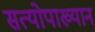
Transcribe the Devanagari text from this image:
सत्योपाख्यान